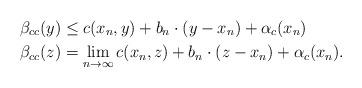
LaTeX: \begin{align*} \beta_{cc} (y) &\le c(x_n, y) + b_n \cdot (y-x_n) + \alpha_c (x_n) \\ \beta_{cc} (z) &=\lim_{n \to \infty} c(x_n, z) + b_n \cdot (z-x_n) + \alpha_c (x_n). \end{align*}